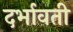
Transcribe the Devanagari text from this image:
दर्भावती